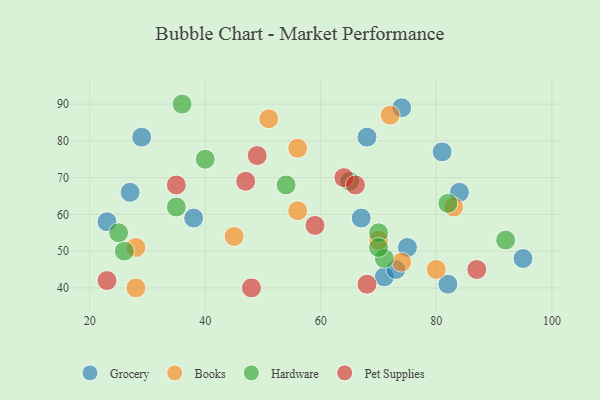
{"axis": {"x": "GDP", "y": "Life Expectancy"}, "legend": ["Books", "Grocery", "Hardware", "Pet Supplies"], "data": [{"x": "82", "y": 41, "type": "Grocery"}, {"x": "27", "y": 66, "type": "Grocery"}, {"x": "81", "y": 77, "type": "Grocery"}, {"x": "71", "y": 43, "type": "Grocery"}, {"x": "84", "y": 66, "type": "Grocery"}, {"x": "29", "y": 81, "type": "Grocery"}, {"x": "74", "y": 89, "type": "Grocery"}, {"x": "67", "y": 59, "type": "Grocery"}, {"x": "95", "y": 48, "type": "Grocery"}, {"x": "23", "y": 58, "type": "Grocery"}, {"x": "38", "y": 59, "type": "Grocery"}, {"x": "75", "y": 51, "type": "Grocery"}, {"x": "73", "y": 45, "type": "Grocery"}, {"x": "68", "y": 81, "type": "Grocery"}, {"x": "45", "y": 54, "type": "Books"}, {"x": "72", "y": 87, "type": "Books"}, {"x": "74", "y": 47, "type": "Books"}, {"x": "56", "y": 61, "type": "Books"}, {"x": "28", "y": 40, "type": "Books"}, {"x": "28", "y": 51, "type": "Books"}, {"x": "51", "y": 86, "type": "Books"}, {"x": "80", "y": 45, "type": "Books"}, {"x": "56", "y": 78, "type": "Books"}, {"x": "83", "y": 62, "type": "Books"}, {"x": "70", "y": 53, "type": "Books"}, {"x": "70", "y": 55, "type": "Hardware"}, {"x": "40", "y": 75, "type": "Hardware"}, {"x": "82", "y": 63, "type": "Hardware"}, {"x": "71", "y": 48, "type": "Hardware"}, {"x": "54", "y": 68, "type": "Hardware"}, {"x": "65", "y": 69, "type": "Hardware"}, {"x": "92", "y": 53, "type": "Hardware"}, {"x": "26", "y": 50, "type": "Hardware"}, {"x": "25", "y": 55, "type": "Hardware"}, {"x": "70", "y": 51, "type": "Hardware"}, {"x": "35", "y": 62, "type": "Hardware"}, {"x": "36", "y": 90, "type": "Hardware"}, {"x": "64", "y": 70, "type": "Pet Supplies"}, {"x": "35", "y": 68, "type": "Pet Supplies"}, {"x": "66", "y": 68, "type": "Pet Supplies"}, {"x": "47", "y": 69, "type": "Pet Supplies"}, {"x": "87", "y": 45, "type": "Pet Supplies"}, {"x": "23", "y": 42, "type": "Pet Supplies"}, {"x": "49", "y": 76, "type": "Pet Supplies"}, {"x": "59", "y": 57, "type": "Pet Supplies"}, {"x": "68", "y": 41, "type": "Pet Supplies"}, {"x": "48", "y": 40, "type": "Pet Supplies"}]}